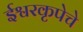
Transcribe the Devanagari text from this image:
ईश्वरकृपेचे